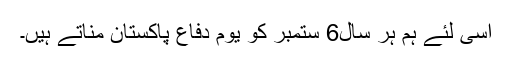
اسی لئے ہم ہر سال6 ستمبر کو یوم دفاع پاکستان مناتے ہیں۔